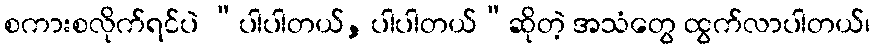
စကားစလိုက်ရင်ပဲ “ပါပါတယ်, ပါပါတယ်”ဆိုတဲ့ အသံတွေ ထွက်လာပါတယ်၊